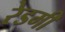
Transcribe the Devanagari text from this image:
रेडमी